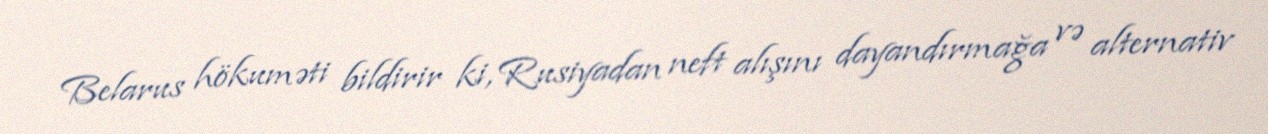
Belarus hökuməti bildirir ki, Rusiyadan neft alışını dayandırmağa və alternativ